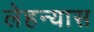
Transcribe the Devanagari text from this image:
लेहन्यास